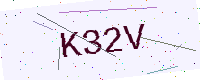
Text: K32V